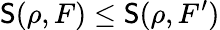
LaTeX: \mathsf{S}(\rho,F)\le\mathsf{S}(\rho,F^{\prime})